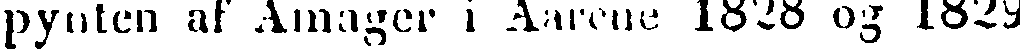
pynten af Amager i Aarone 1828 og 1829